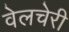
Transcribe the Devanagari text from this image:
वेलचेरी